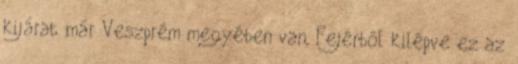
kijárat már Veszprém megyében van, Fejérből kilépve ez az